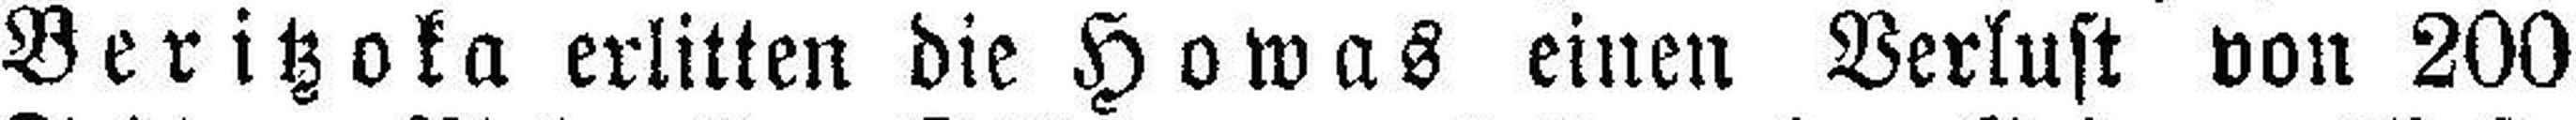
Beritzoka erlitten die Howas einen Verlust von 200